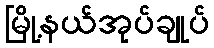
မြို့နယ်အုပ်ချုပ်